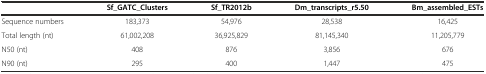
|  | Sf_GATC_Clusters | Sf_TR2012b | Dm_transcripts_r5.50 | Bm_assembled_ESTs |
 | --- | --- | --- | --- | --- |
 | Sequence numbers | 183,373 | 54,976 | 28,538 | 16,425 |
 | Total length (nt) | 61,002,208 | 36,925,829 | 81,145,340 | 11,205,779 |
 | N50 (nt) | 408 | 876 | 3,856 | 676 |
 | N90 (nt) | 295 | 400 | 1,447 | 475 |